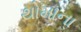
થોમાના